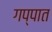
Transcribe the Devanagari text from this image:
गप्पात